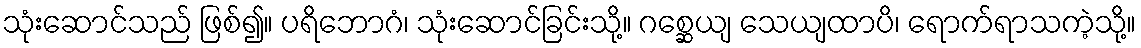
သုံးဆောင်သည် ဖြစ်၍။ ပရိဘောဂံ၊ သုံးဆောင်ခြင်းသို့။ ဂစ္ဆေယျ သေယျထာပိ၊ ရောက်ရာသကဲ့သို့။